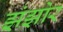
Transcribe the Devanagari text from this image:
झंझोर